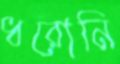
ধরোনি